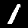
Digit: 1